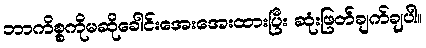
ဘာကိစ္စကိုမဆိုခေါင်းအေးအေးထားပြီး ဆုံးဖြတ်ချက်ချပါ။